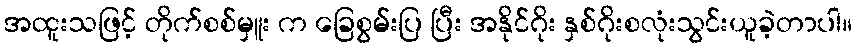
အထူးသဖြင့် တိုက်စစ်မှူး က ခြေစွမ်းပြ ပြီး အနိုင်ဂိုး နှစ်ဂိုးစလုံးသွင်းယူခဲ့တာပါ။